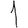
Digit: 1